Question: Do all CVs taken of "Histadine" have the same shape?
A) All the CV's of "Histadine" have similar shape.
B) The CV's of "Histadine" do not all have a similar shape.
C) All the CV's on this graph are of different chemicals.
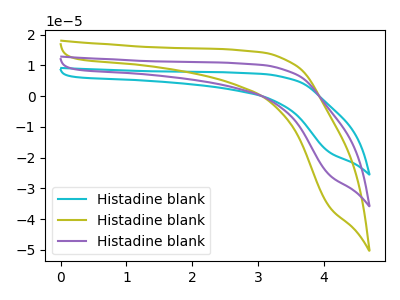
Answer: <think>The cyan curve "Histadine blank1" has no peaks. The olive curve "Histadine blank2" has no peaks. The purple curve "Histadine blank3" has no peaks.
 Neither "Histadine blank1" or "Histadine blank2" have any peaks. Neither "Histadine blank1" or "Histadine blank3" have any peaks. Neither "Histadine blank2" or "Histadine blank3" have any peaks.</think>
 <answer>A) All the CV's of "Histadine" have similar shape.</answer>
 <eval>A</eval>